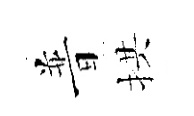
普拱